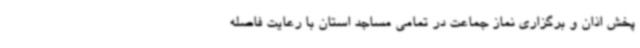
پخش اذان و برگزاری نماز جماعت در تمامی مساجد استان با رعایت فاصله